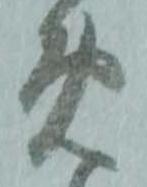
め